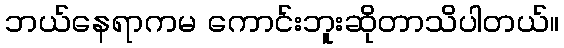
ဘယ်နေရာကမ ကောင်းဘူးဆိုတာသိပါတယ်။